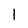
Character: l